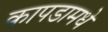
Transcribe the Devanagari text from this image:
कापडामधे